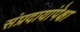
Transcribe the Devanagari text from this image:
संप्रदायांपेक्षा